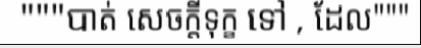
"""បាត់ សេចក្តីទុក្ខ ទៅ , ដែល"""